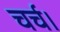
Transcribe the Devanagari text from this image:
चर्च।